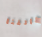
وظائفنا